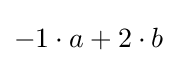
-1\cdot a+2\cdot b